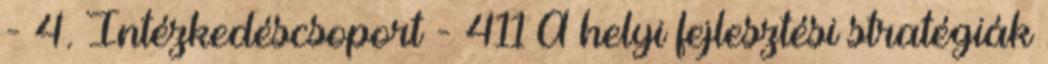
- 4. Intézkedéscsoport - 411 A helyi fejlesztési stratégiák